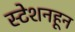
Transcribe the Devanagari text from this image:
स्टेशनहून